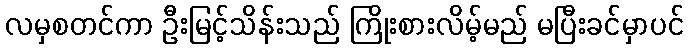
လမှစတင်ကာ ဦးမြင့်သိန်းသည် ကြိုးစားလိမ့်မည် မပြီးခင်မှာပင်